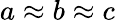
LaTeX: {a\approx b\approx c}